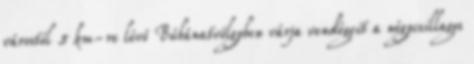
várostól 5 km-re lévő Búbánatvölgyben várja vendégeit a négycsillagos